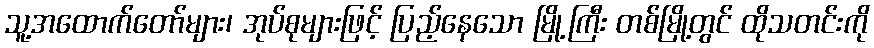
သူ့အထောက်တော်များ၊ အုပ်စုများဖြင့် ပြည့်နေသော မြို့ကြီး တစ်မြို့တွင် ထိုသတင်းကို